Proceedings of the meeting of veterinary officers in India
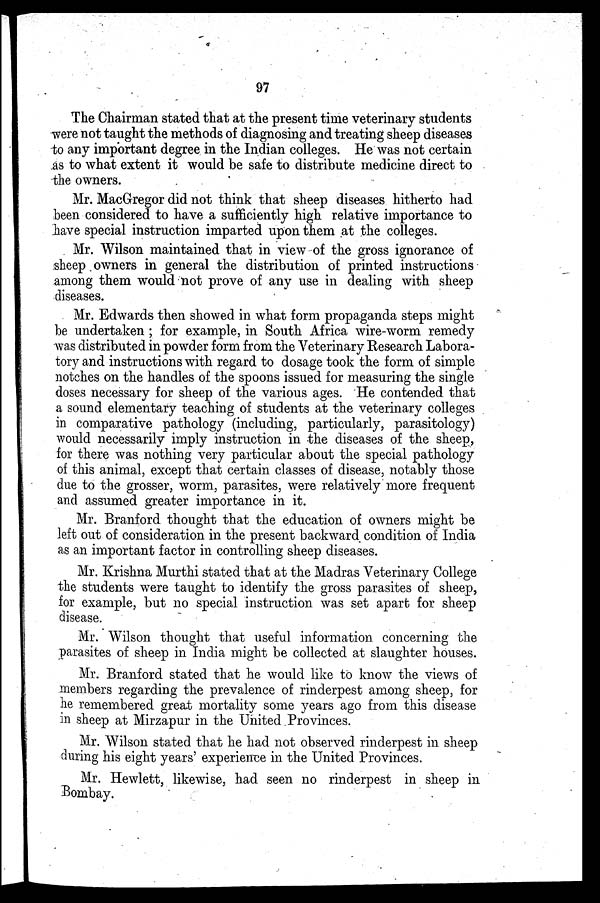
97
The Chairman stated that at the present time veterinary students
were not taught the methods of diagnosing and treating sheep diseases
to any important degree in the Indian colleges. He was not certain
as to what extent it would be safe to distribute medicine direct to
the owners.
Mr. MacGregor did not think that sheep diseases hitherto had
been considered to have a sufficiently high relative importance to
have special instruction imparted upon them at the colleges.
Mr. Wilson maintained that in view of the gross ignorance of
sheep owners in general the distribution of printed instructions
among them would not prove of any use in dealing with sheep
diseases.
Mr. Edwards then showed in what form propaganda steps might
be undertaken ; for example, in South Africa wire-worm remedy
was distributed in powder form from the Veterinary Research Labora-
tory and instructions with regard to dosage took the form of simple
notches on the handles of the spoons issued for measuring the single
doses necessary for sheep of the various ages. He contended that
a sound elementary teaching of students at the veterinary colleges
in comparative pathology (including, particularly, parasitology)
would necessarily imply instruction in the diseases of the sheep,
for there was nothing very particular about the special pathology
of this animal, except that certain classes of disease, notably those
due to the grosser, worm, parasites, were relatively more frequent
and assumed greater importance in it.
Mr. Branford thought that the education of owners might be
left out of consideration in the present backward condition of India
as an important factor in controlling sheep diseases.
Mr. Krishna Murthi stated that at the Madras Veterinary College
the students were taught to identify the gross parasites of sheep,
for example, but no special instruction was set apart for sheep
disease.
Mr. Wilson thought that useful information concerning the
parasites of sheep in India might be collected at slaughter houses.
Mr. Branford stated that he would like to know the views of
members regarding the prevalence of rinderpest among sheep, for
he remembered great mortality some years ago from this disease
in sheep at Mirzapur in the United Provinces.
Mr. Wilson stated that he had not observed rinderpest in sheep
during his eight years' experience in the United Provinces.
Mr. Hewlett, likewise, had seen no rinderpest in sheep in
Bombay.